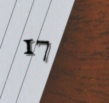
17